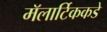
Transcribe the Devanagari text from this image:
मॅलार्टिककडे